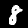
Digit: 8